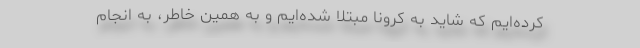
کرده‌ایم که شاید به کرونا مبتلا شده‌ایم و به همین خاطر،‌ به انجام